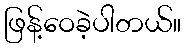
ဖြန့်ဝေခဲ့ပါတယ်။